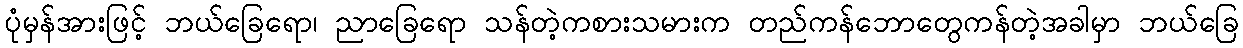
ပုံမှန်အားဖြင့် ဘယ်ခြေရော၊ ညာခြေရော သန်တဲ့ကစားသမားက တည်ကန်ဘောတွေကန်တဲ့အခါမှာ ဘယ်ခြေ